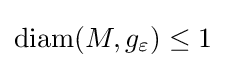
{\mbox{diam}}(M,g_{\varepsilon })\leq 1